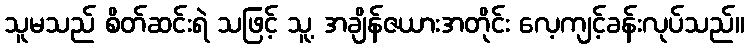
သူမသည် စိတ်ဆင်းရဲ သဖြင့် သူ့ အချိန်ဇယားအတိုင်း လေ့ကျင့်ခန်းလုပ်သည်။